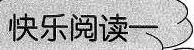
快乐阅读一